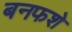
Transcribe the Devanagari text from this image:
बनफशे